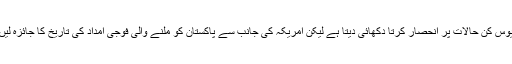
بظاہر تو بریگیڈیئر سعد کا یہ تجزیہ مایوس کن حالات پر انحصار کرتا دکھائی دیتا ہے لیکن امریکہ کی جانب سے پاکستان کو ملنے والی فوجی امداد کی تاریخ کا جائزہ لیں تو یہ خدشات درست دکھائی دیتے ہیں۔